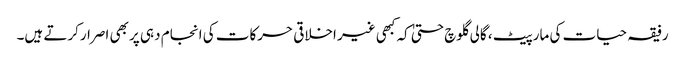
رفیقہ حیات کی مارپیٹ ، گالی گلوچ حتیٰ کہ کبھی غیر اخلاقی حرکات کی انجام دہی پر بھی اصرارکرتے ہیں۔